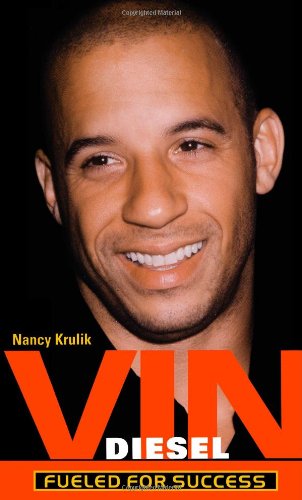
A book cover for Vin Diesel : Fueled for Success; Nancy Krulik; Teen & Young Adult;